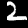
Digit: 2